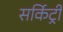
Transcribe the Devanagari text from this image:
सर्किट्री